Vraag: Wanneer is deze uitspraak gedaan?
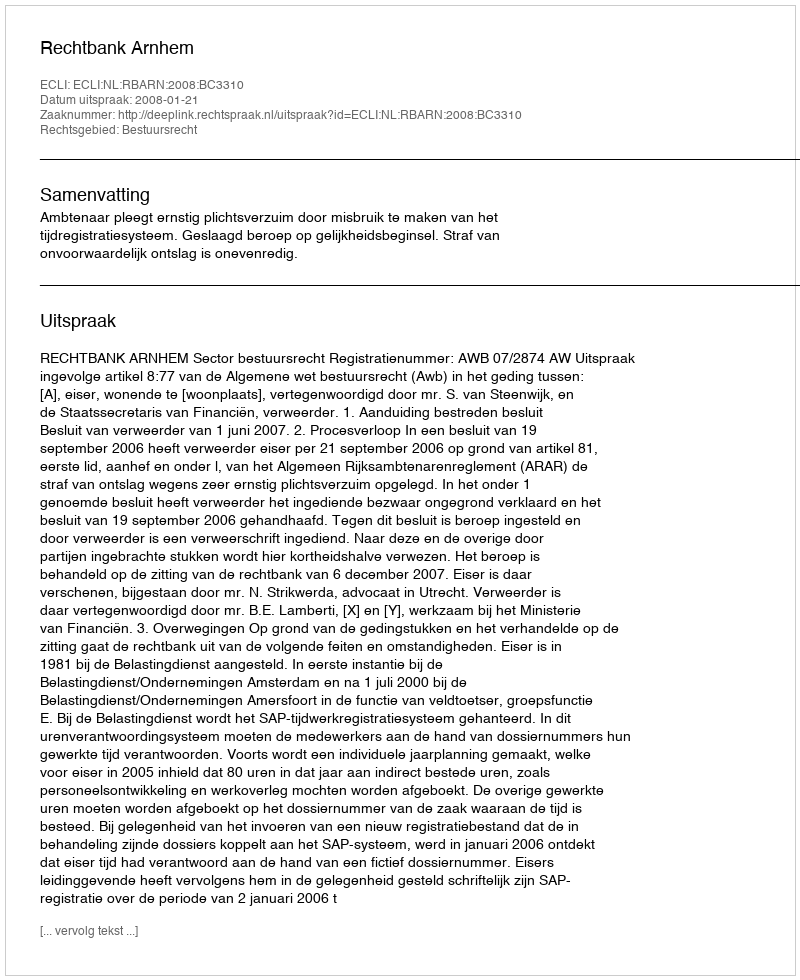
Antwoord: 2008-01-21